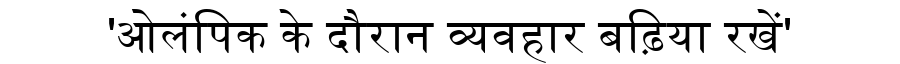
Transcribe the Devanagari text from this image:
'ओलंपिक के दौरान व्यवहार बढ़िया रखें'